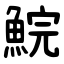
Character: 鯇